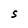
Character: S